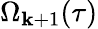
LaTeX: \Omega_{\mathbf{k}+1}(\tau)